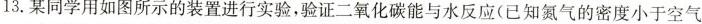
13.某同学用如图所示的装置进行实验，验证二氧化碳能与水反应(已知氮气的密度小于空气f